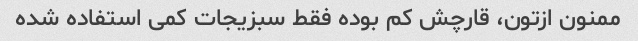
ممنون ازتون، قارچش کم بوده فقط سبزیجات کمی استفاده شده